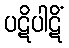
ပဋိပါဋိံ